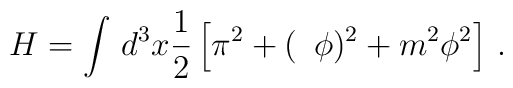
H=\int\,d^3 x \frac12\left[\pi^2 +(\,\,\, \phi)^2 +m^2 \phi^2\right]\,.